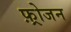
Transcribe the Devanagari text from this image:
फ़्रोजन